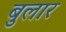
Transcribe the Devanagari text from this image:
बुलार